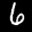
Label: 6